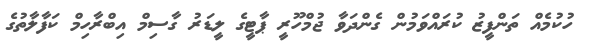
ހުކުމެއް ތަންފީޒު ކުރައްވަމުން ގެންދަވާ ޖުމްހޫރީ ޕާޓީގެ ލީޑަރު ގާސިމް އިބްރާހިމް ކަފާލާތުގެ